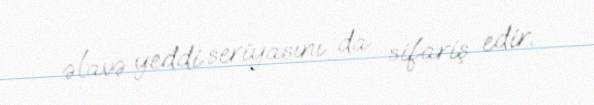
əlavə yeddi seriyasını da sifariş edir.